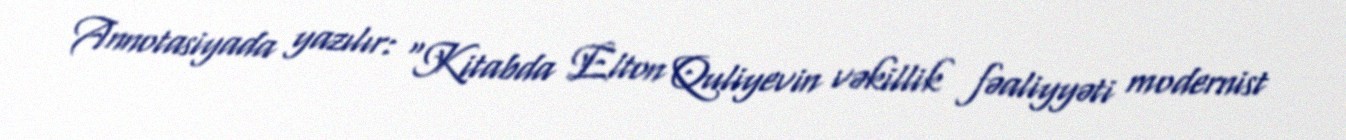
Annotasiyada yazılır: “Kitabda Elton Quliyevin vəkillik fəaliyyəti modernist